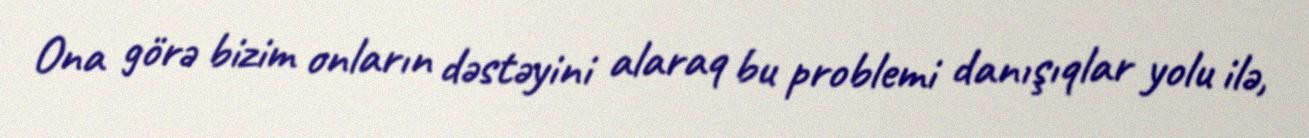
Ona görə bizim onların dəstəyini alaraq bu problemi danışıqlar yolu ilə,